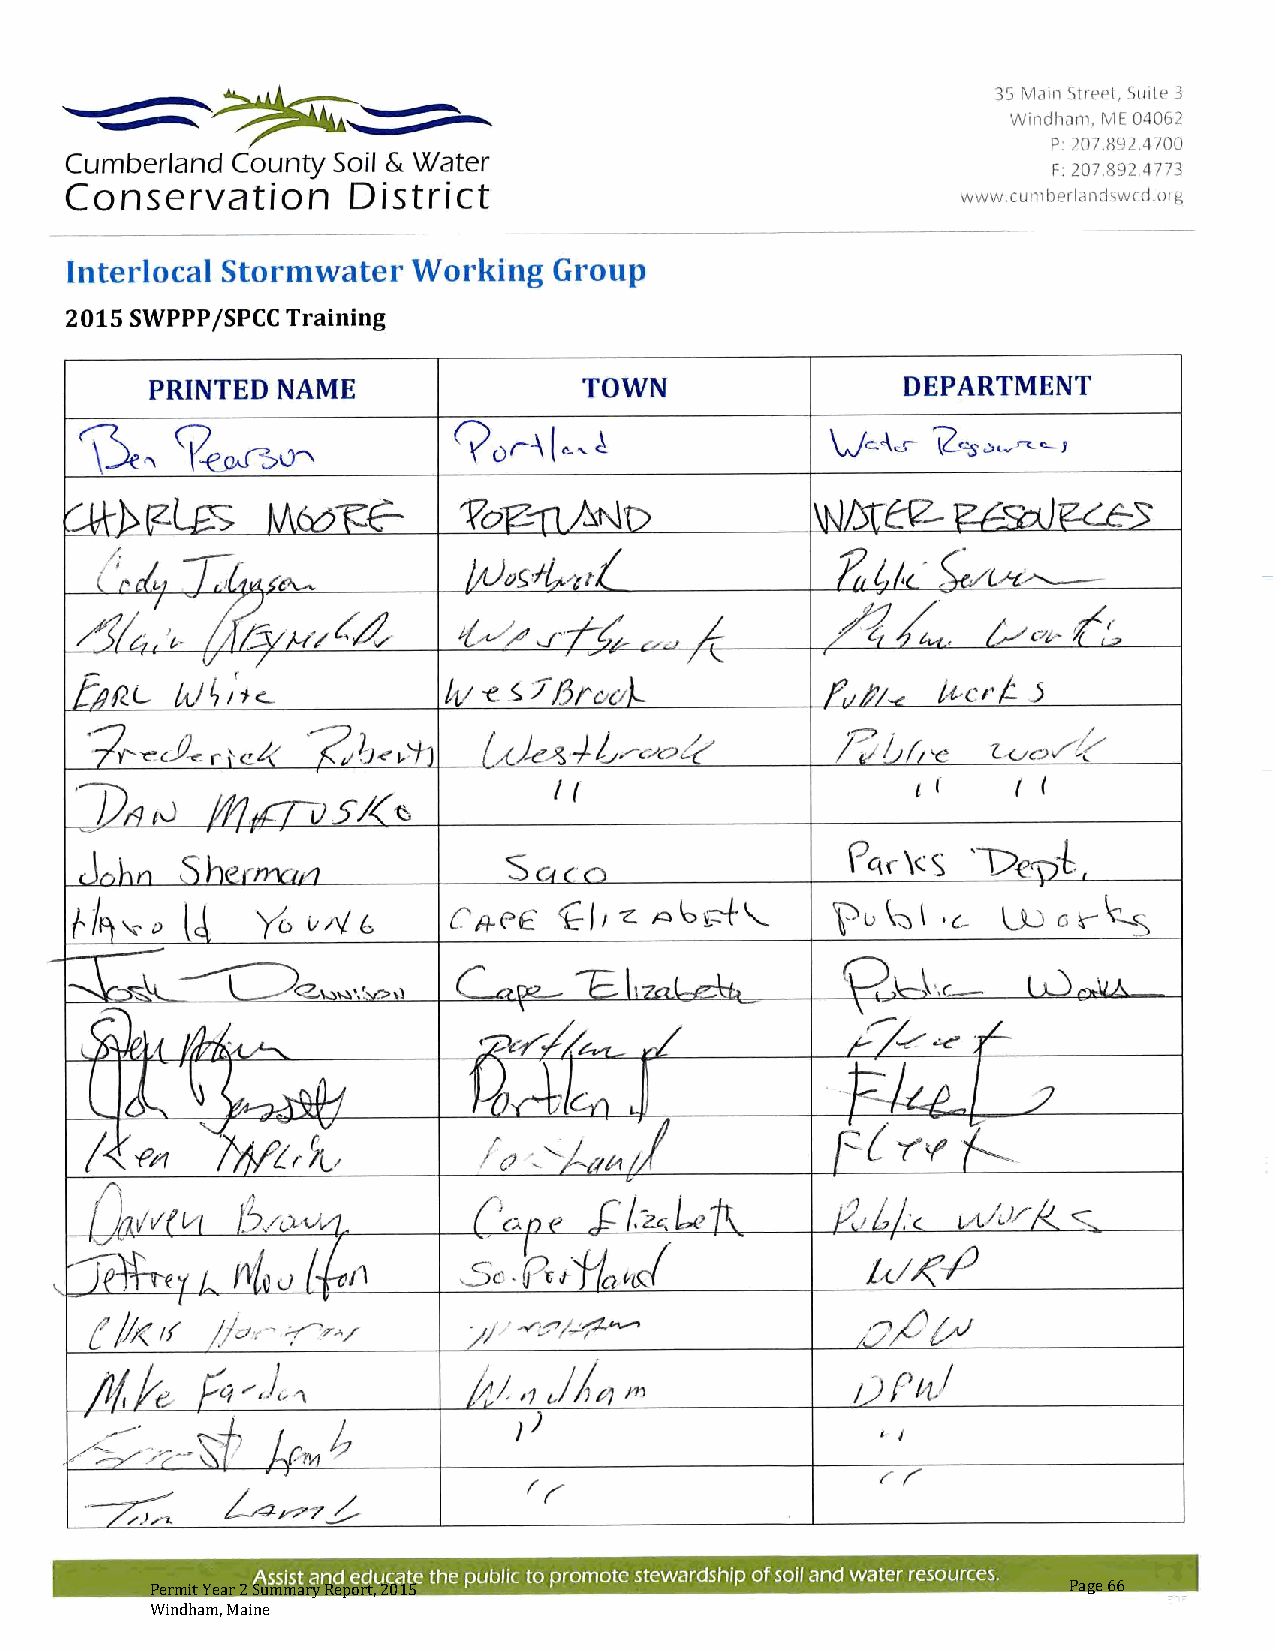
Permit Year 2 Summary Report, 2015                           Page 66
 Windham, Maine